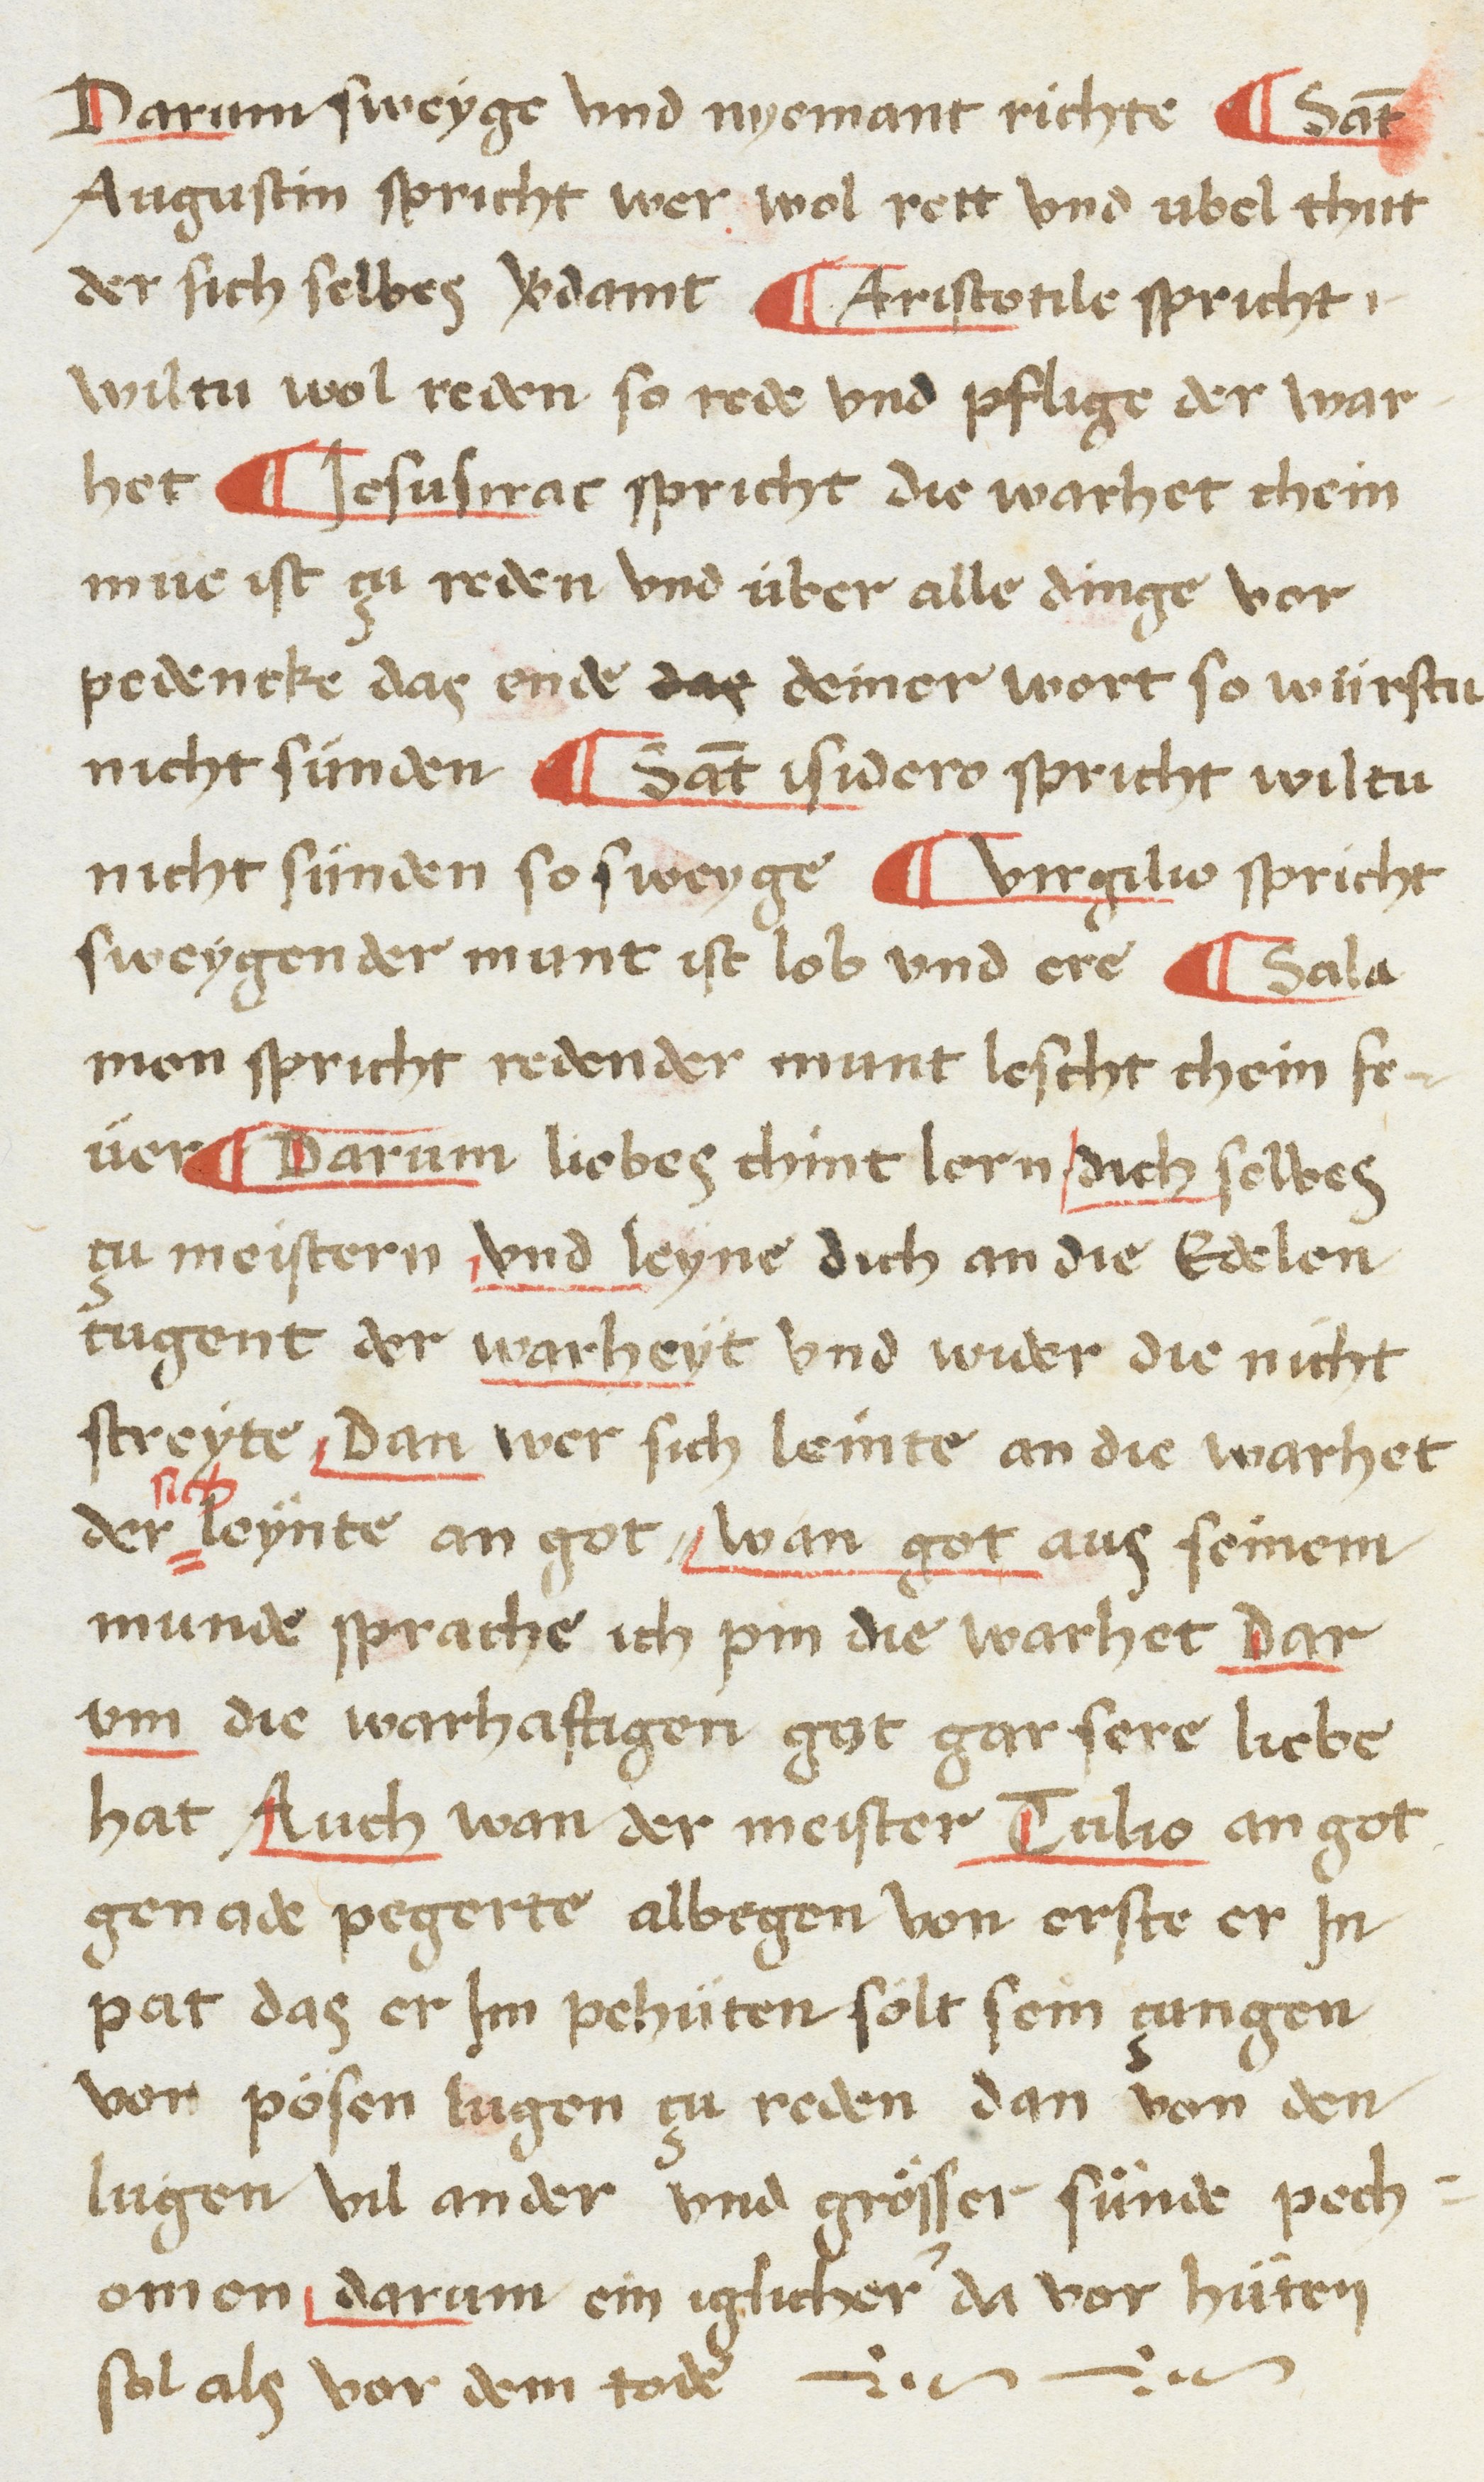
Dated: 1468–1468